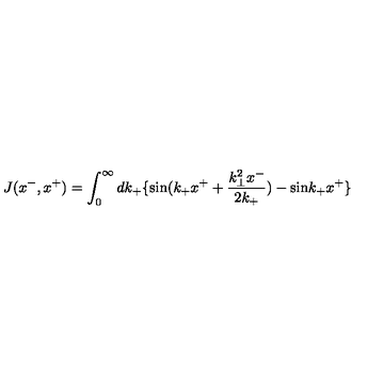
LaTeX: J ( x ^ { - } , x ^ { + } ) = \int _ { 0 } ^ { \infty } d k _ { + } \{ \mathrm { s i n } ( k _ { + } x ^ { + } + \frac { k _ { \bot } ^ { 2 } x ^ { - } } { 2 k _ { + } } ) - \mathrm { s i n } k _ { + } x ^ { + } \}